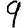
Digit: 9